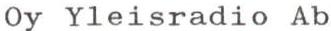
Oy Yleisradio Ab